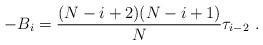
LaTeX: \begin{align*}-B_i = {(N-i+2) (N-i+1) \over N} \tau_{i-2}\ .\end{align*}